Scottish Certificate of Education, 1962
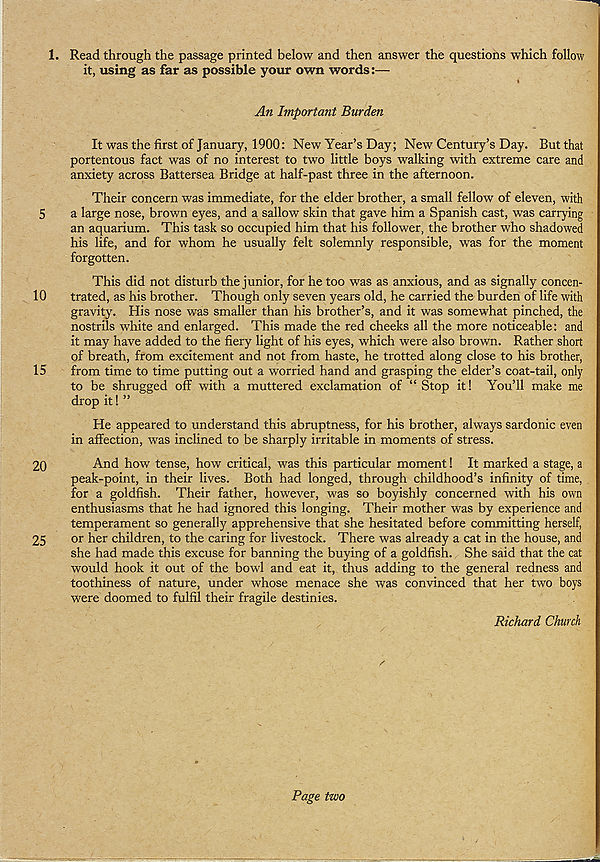
1. Read through the passage printed below and then answer the questions which follow
it, using as far as possible your own words:—
t
An Important Burden
It was the first of January, 1900: New Year’s Day; New Century’s Day. But that
portentous fact was of no interest to two little boys walking with extreme care and
anxiety across Battersea Bridge at half-past three in the afternoon.
Their concern was immediate, for the elder brother, a small fellow of eleven, with
5
a large nose, brown eyes, and a sallow skin that gave him a Spanish cast, was carrying
an aquarium. This task so occupied him that his follower, the brother who shadowed
his life, and for whom he usually felt solemnly responsible, was for the moment
forgotten.
This did not disturb the junior, for he too was as anxious, and as signally concen-
10
trated, as his brother. Though only seven years old, he carried the burden of life with
gravity. His nose was smaller than his brother’s, and it was somewhat pinched, the
nostrils white and enlarged. This made the red cheeks all the more noticeable: and
it may have added to the fiery light of his eyes, which were also brown. Rather short
of breath, from excitement and not from haste, he trotted along close to his brother,
15
from time to time putting out a worried hand and grasping the elder’s coat-tail, only
to be shrugged off with a muttered exclamation of “ Stop it! You’ll make me
drop it! ”
He appeared to understand this abruptness, for his brother, always sardonic even
in affection, was inclined to be sharply irritable in moments of stress.
20
And how tense, how critical, was this particular moment! It marked a stage, a
peak-point, in their lives. Both had longed, through childhood’s infinity of time,
for a goldfish. Their father, however, was so boyishly concerned with his own
enthusiasms that he had ignored this longing. Their mother was by experience and
temperament so generally apprehensive that she hesitated before committing herself,
25
or her children, to the caring for livestock. There was already a cat in the house, and
she had made this excuse for banning the buying of a goldfish. She said that the cat
would hook it out of the bowl and eat it, thus adding to the general redness and
toothiness of nature, under whose menace she was convinced that her two boys
were doomed to fulfil their fragile destinies.
Richard Church
Page two